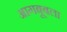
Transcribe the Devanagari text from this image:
आगबूबला